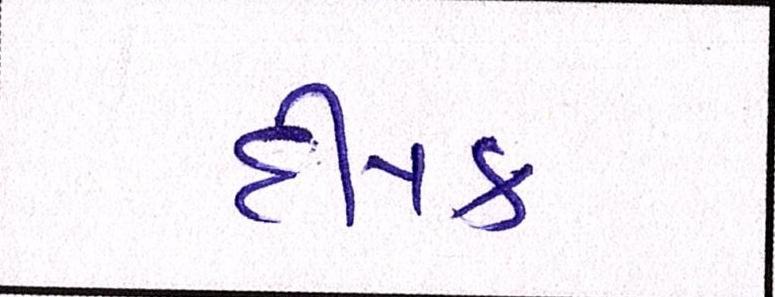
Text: દીપક